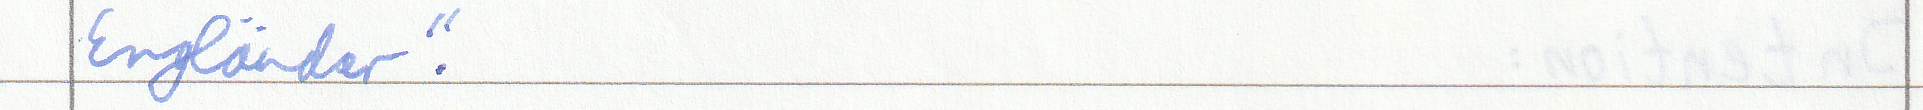
Engländer."